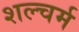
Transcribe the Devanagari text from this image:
शल्चर्म